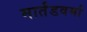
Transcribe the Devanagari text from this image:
मार्तंडवर्मा